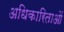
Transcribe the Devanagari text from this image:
अधिकारिताओं